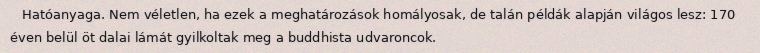
Hatóanyaga. Nem véletlen, ha ezek a meghatározások homályosak, de talán példák alapján világos lesz: 170 éven belül öt dalai lámát gyilkoltak meg a buddhista udvaroncok.